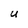
Character: U